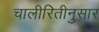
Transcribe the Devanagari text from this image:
चालीरितीनुसार